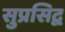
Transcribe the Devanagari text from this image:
सुप्रसिद्व